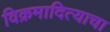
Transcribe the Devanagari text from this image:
विक्रमादित्याचा